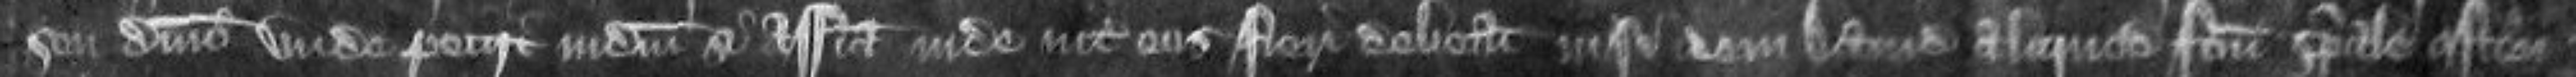
seu dominio Unde petiit judicium si assisa inde inter eos fieri debeat nisi idem David aliquod factum speciale osten